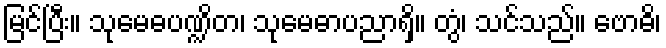
မြင်ပြီး။ သုမေဓပဏ္ဍိတ၊ သုမေဓာပညာရှိ။ တွံ၊ သင်သည်။ ဗောဓိ၊